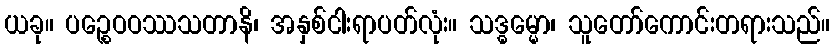
ယခု။ ပဉ္စေဝဝဿသတာနိ၊ အနှစ်ငါးရာပတ်လုံး။ သဒ္ဓမ္မော၊ သူတော်ကောင်းတရားသည်။